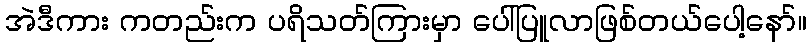
အဲဒီကား ကတည်းက ပရိသတ်ကြားမှာ ပေါ်ပြူလာဖြစ်တယ်ပေါ့နော်။